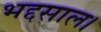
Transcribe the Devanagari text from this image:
भद्दसाल।